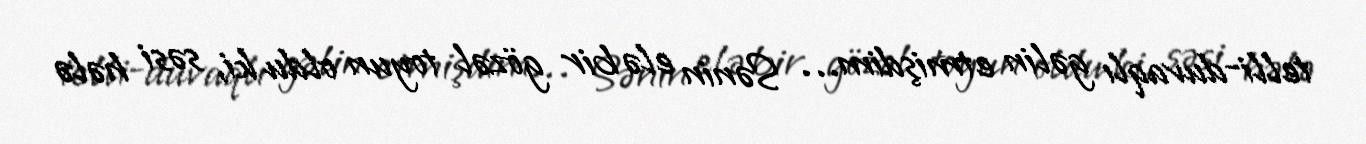
telli-duvaqlı gəlin etmişdim… Sənin elə bir gözəl toyun oldu ki, səsi hələ